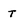
Character: T